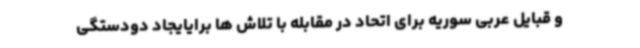
و قبایل عربی سوریه برای اتحاد در مقابله با تلاش ها برایایجاد دودستگی